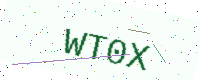
Text: WT0X